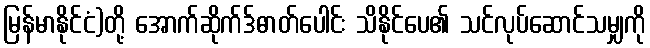
မြန်မာနိုင်ငံ)တို့ အောက်ဆိုက်ဒ်ဓာတ်ပေါင်း သိနိုင်ပေ၏ သင်လုပ်ဆောင်သမျှကို